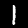
Label: 1